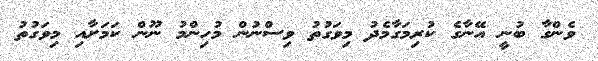
ވެންގާ ބުނީ އޭނާގެ ކުރިމަގާމެދު މިވަގުތު ވިސްނުން މުހިންމު ނޫން ކަމަށާއި މިވަގުތު